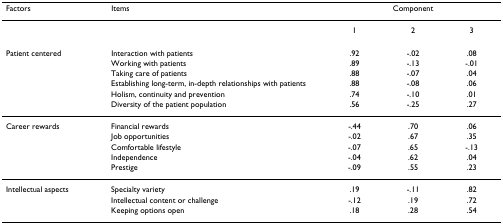
<table><thead><tr><td><b>Factors</b></td><td><b>Items</b></td><td colspan="3"><b>Component</b></td></tr></thead><tbody><tr><td></td><td></td><td>1</td><td>2</td><td>3</td></tr><tr><td>Patient centered</td><td>Interaction with patients</td><td>.92</td><td>-.02</td><td>.08</td></tr><tr><td></td><td>Working with patients</td><td>.89</td><td>-.13</td><td>-.01</td></tr><tr><td></td><td>Taking care of patients</td><td>.88</td><td>-.07</td><td>.04</td></tr><tr><td></td><td>Establishing long-term, in-depth relationships with patients</td><td>.88</td><td>-.08</td><td>.06</td></tr><tr><td></td><td>Holism, continuity and prevention</td><td>.74</td><td>-.10</td><td>.01</td></tr><tr><td></td><td>Diversity of the patient population</td><td>.56</td><td>-.25</td><td>.27</td></tr><tr><td>Career rewards</td><td>Financial rewards</td><td>-.44</td><td>.70</td><td>.06</td></tr><tr><td></td><td>Job opportunities</td><td>-.02</td><td>.67</td><td>.35</td></tr><tr><td></td><td>Comfortable lifestyle</td><td>-.07</td><td>.65</td><td>-.13</td></tr><tr><td></td><td>Independence</td><td>-.04</td><td>.62</td><td>.04</td></tr><tr><td></td><td>Prestige</td><td>-.09</td><td>.55</td><td>.23</td></tr><tr><td>Intellectual aspects</td><td>Specialty variety</td><td>.19</td><td>-.11</td><td>.82</td></tr><tr><td></td><td>Intellectual content or challenge</td><td>-.12</td><td>.19</td><td>.72</td></tr><tr><td></td><td>Keeping options open</td><td>.18</td><td>.28</td><td>.54</td></tr></tbody></table>